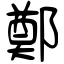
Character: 鄭